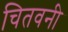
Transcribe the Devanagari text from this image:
चितवनी